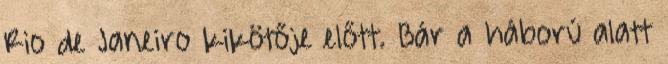
Rio de Janeiro kikötője előtt. Bár a háború alatt